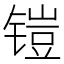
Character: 𮸛